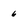
Character: 6